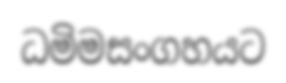
ධමිමසංගහයට